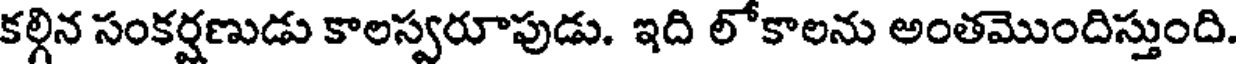
కల్గిన సంకర్షణుడు కాలస్వరూపుడు. ఇది లోకాలను అంతమొందిస్తుంది.